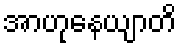
အာဟုနေယျာတိ